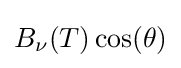
B_{\nu }(T)\cos(\theta )